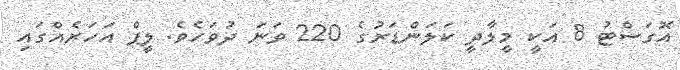
އޮގަސްޓު 8 އަކީ މީލާދީ ކަލަންޑަރުގެ 220 ވަނަ ދުވަހެވެ. ލީޕް އަހަރެއްގައި